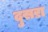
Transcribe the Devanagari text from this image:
दुसऱा